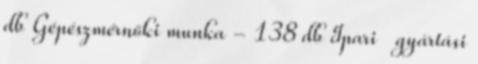
db Gépészmérnöki munka - 138 db Ipari gyártási